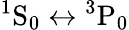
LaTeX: {^1}\mathrm{S}_{0}\leftrightarrow{}{^3}\mathrm{P}_{0}